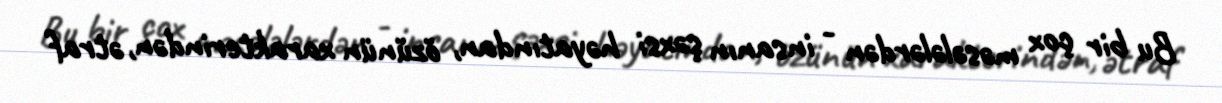
Bu bir çox məsələlərdən - insanın şəxsi həyatından, özünün xarakterindən, ətraf